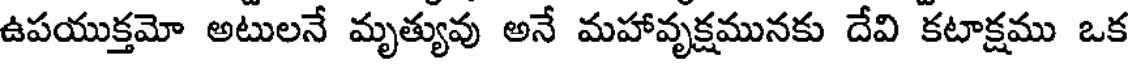
ఉపయుక్తమో అటులనే మృత్యువు అనే మహావృక్షమునకు దేవి కటాక్షము ఒక